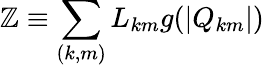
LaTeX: \mathbb{Z}\equiv\sum_{(k,m)}L_{km}g(|Q_{km}|)